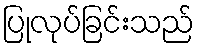
ပြုလုပ်ခြင်းသည်